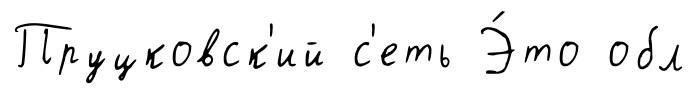
Пруцковск'ий с'еть Э́то обл